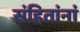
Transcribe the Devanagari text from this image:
संहितांनां